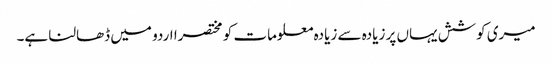
میری کوشش یہاں پر زیادہ سے زیادہ معلومات کو مختصرا اردو میں ڈھالنا ہے۔